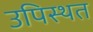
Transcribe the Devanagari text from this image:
उपिस्थत